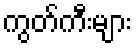
ကွတ်ကီးများ